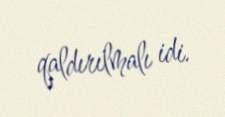
qaldırılmalı idi.